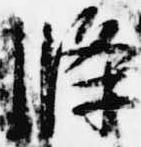
条